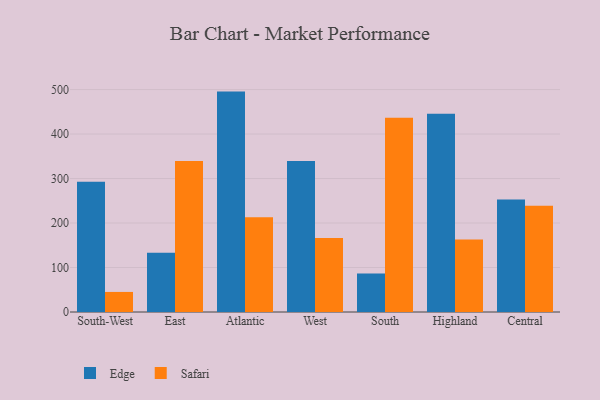
{"axis": {"x": "Region", "y": "Bounce Rate (%)"}, "legend": ["Edge", "Safari"], "data": [{"x": "South-West", "y": 293.0, "type": "Edge"}, {"x": "South-West", "y": 45.1, "type": "Safari"}, {"x": "East", "y": 133.1, "type": "Edge"}, {"x": "East", "y": 339.4, "type": "Safari"}, {"x": "Atlantic", "y": 495.4, "type": "Edge"}, {"x": "Atlantic", "y": 213.1, "type": "Safari"}, {"x": "West", "y": 339.5, "type": "Edge"}, {"x": "West", "y": 166.3, "type": "Safari"}, {"x": "South", "y": 86.6, "type": "Edge"}, {"x": "South", "y": 436.9, "type": "Safari"}, {"x": "Highland", "y": 445.4, "type": "Edge"}, {"x": "Highland", "y": 162.9, "type": "Safari"}, {"x": "Central", "y": 252.9, "type": "Edge"}, {"x": "Central", "y": 239.1, "type": "Safari"}]}